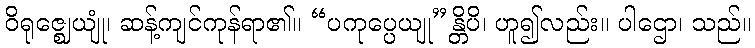
ဝိရုဇ္ဈေယျုံ၊ ဆန့်ကျင်ကုန်ရာ၏။ “ပကုပ္ပေယျု”န္တိပိ၊ ဟူ၍လည်း။ ပါဌော၊ သည်။